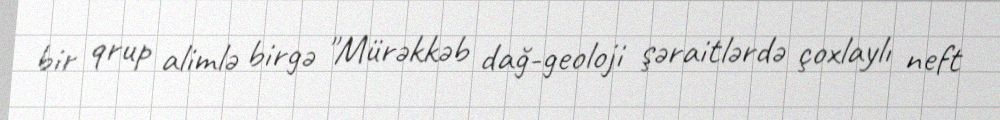
bir qrup alimlə birgə "Mürəkkəb dağ-geoloji şəraitlərdə çoxlaylı neft